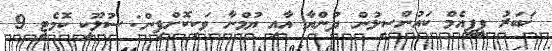
ޚަބަރު ޕީޕީއެމް ކައުންސިލުން ދުންޔާ އާއި ޔުމްނާ ވަކިކޮށްފިން: ސުލޫކީ ކޮމެޓީ 9